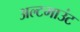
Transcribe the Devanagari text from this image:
अल्टमाउंट